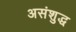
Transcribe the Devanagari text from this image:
असंशुद्ध